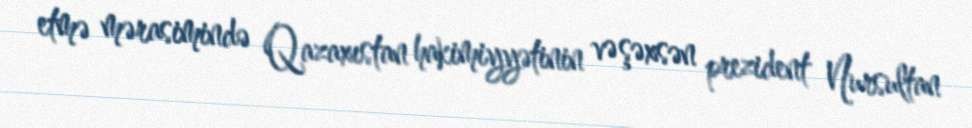
etmə mərasimində Qazaxıstan hakimiyyətinin və şəxsən prezident Nursultan